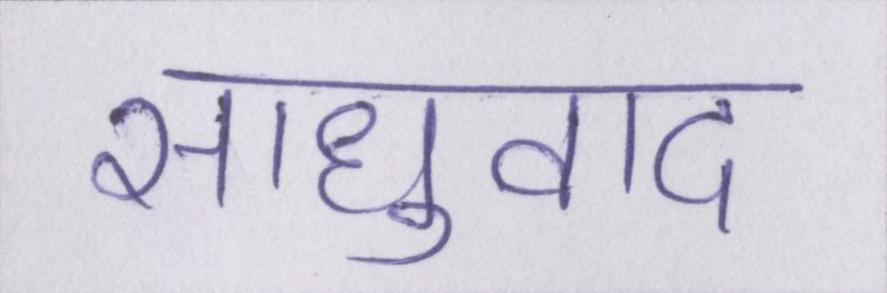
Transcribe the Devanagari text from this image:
साधुवाद